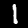
Label: 1